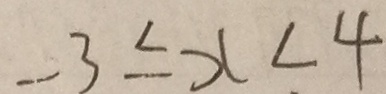
- 3 \leq x < 4